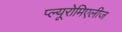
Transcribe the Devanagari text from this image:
प्ल्यूरोमिएलीज